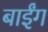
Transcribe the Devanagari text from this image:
बाईंग